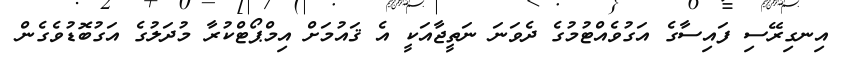
އިނގިރޭސި ފައިސާގެ އަގުވެއްޓުމުގެ ދެވަނަ ނަތީޖާއަކީ އެ ޤައުމަށް އިމްޕޯޓްކުރާ މުދަލުގެ އަގުބޮޑުވެގެން